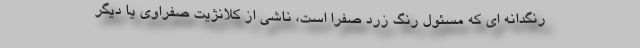
رنگدانه ای که مسئول رنگ زرد صفرا است، ناشی از کلانژیت صفراوی یا دیگر